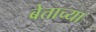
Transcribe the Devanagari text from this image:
बेताच्या